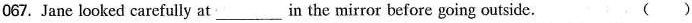
067.Jane looked carefully at in the mirror before going outside. ( )